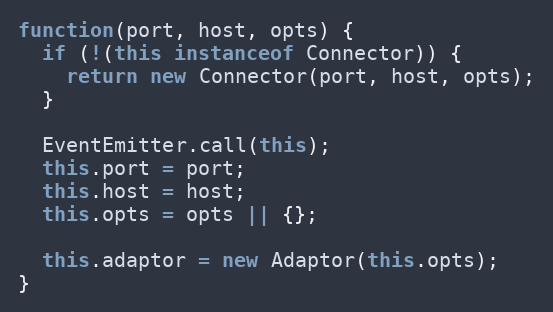
Language: JavaScript
function(port, host, opts) {
  if (!(this instanceof Connector)) {
    return new Connector(port, host, opts);
  }

  EventEmitter.call(this);
  this.port = port;
  this.host = host;
  this.opts = opts || {};

  this.adaptor = new Adaptor(this.opts);
}